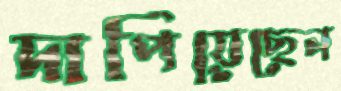
দাপিয়েছেন